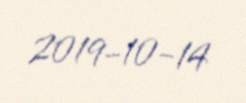
2019-10-14